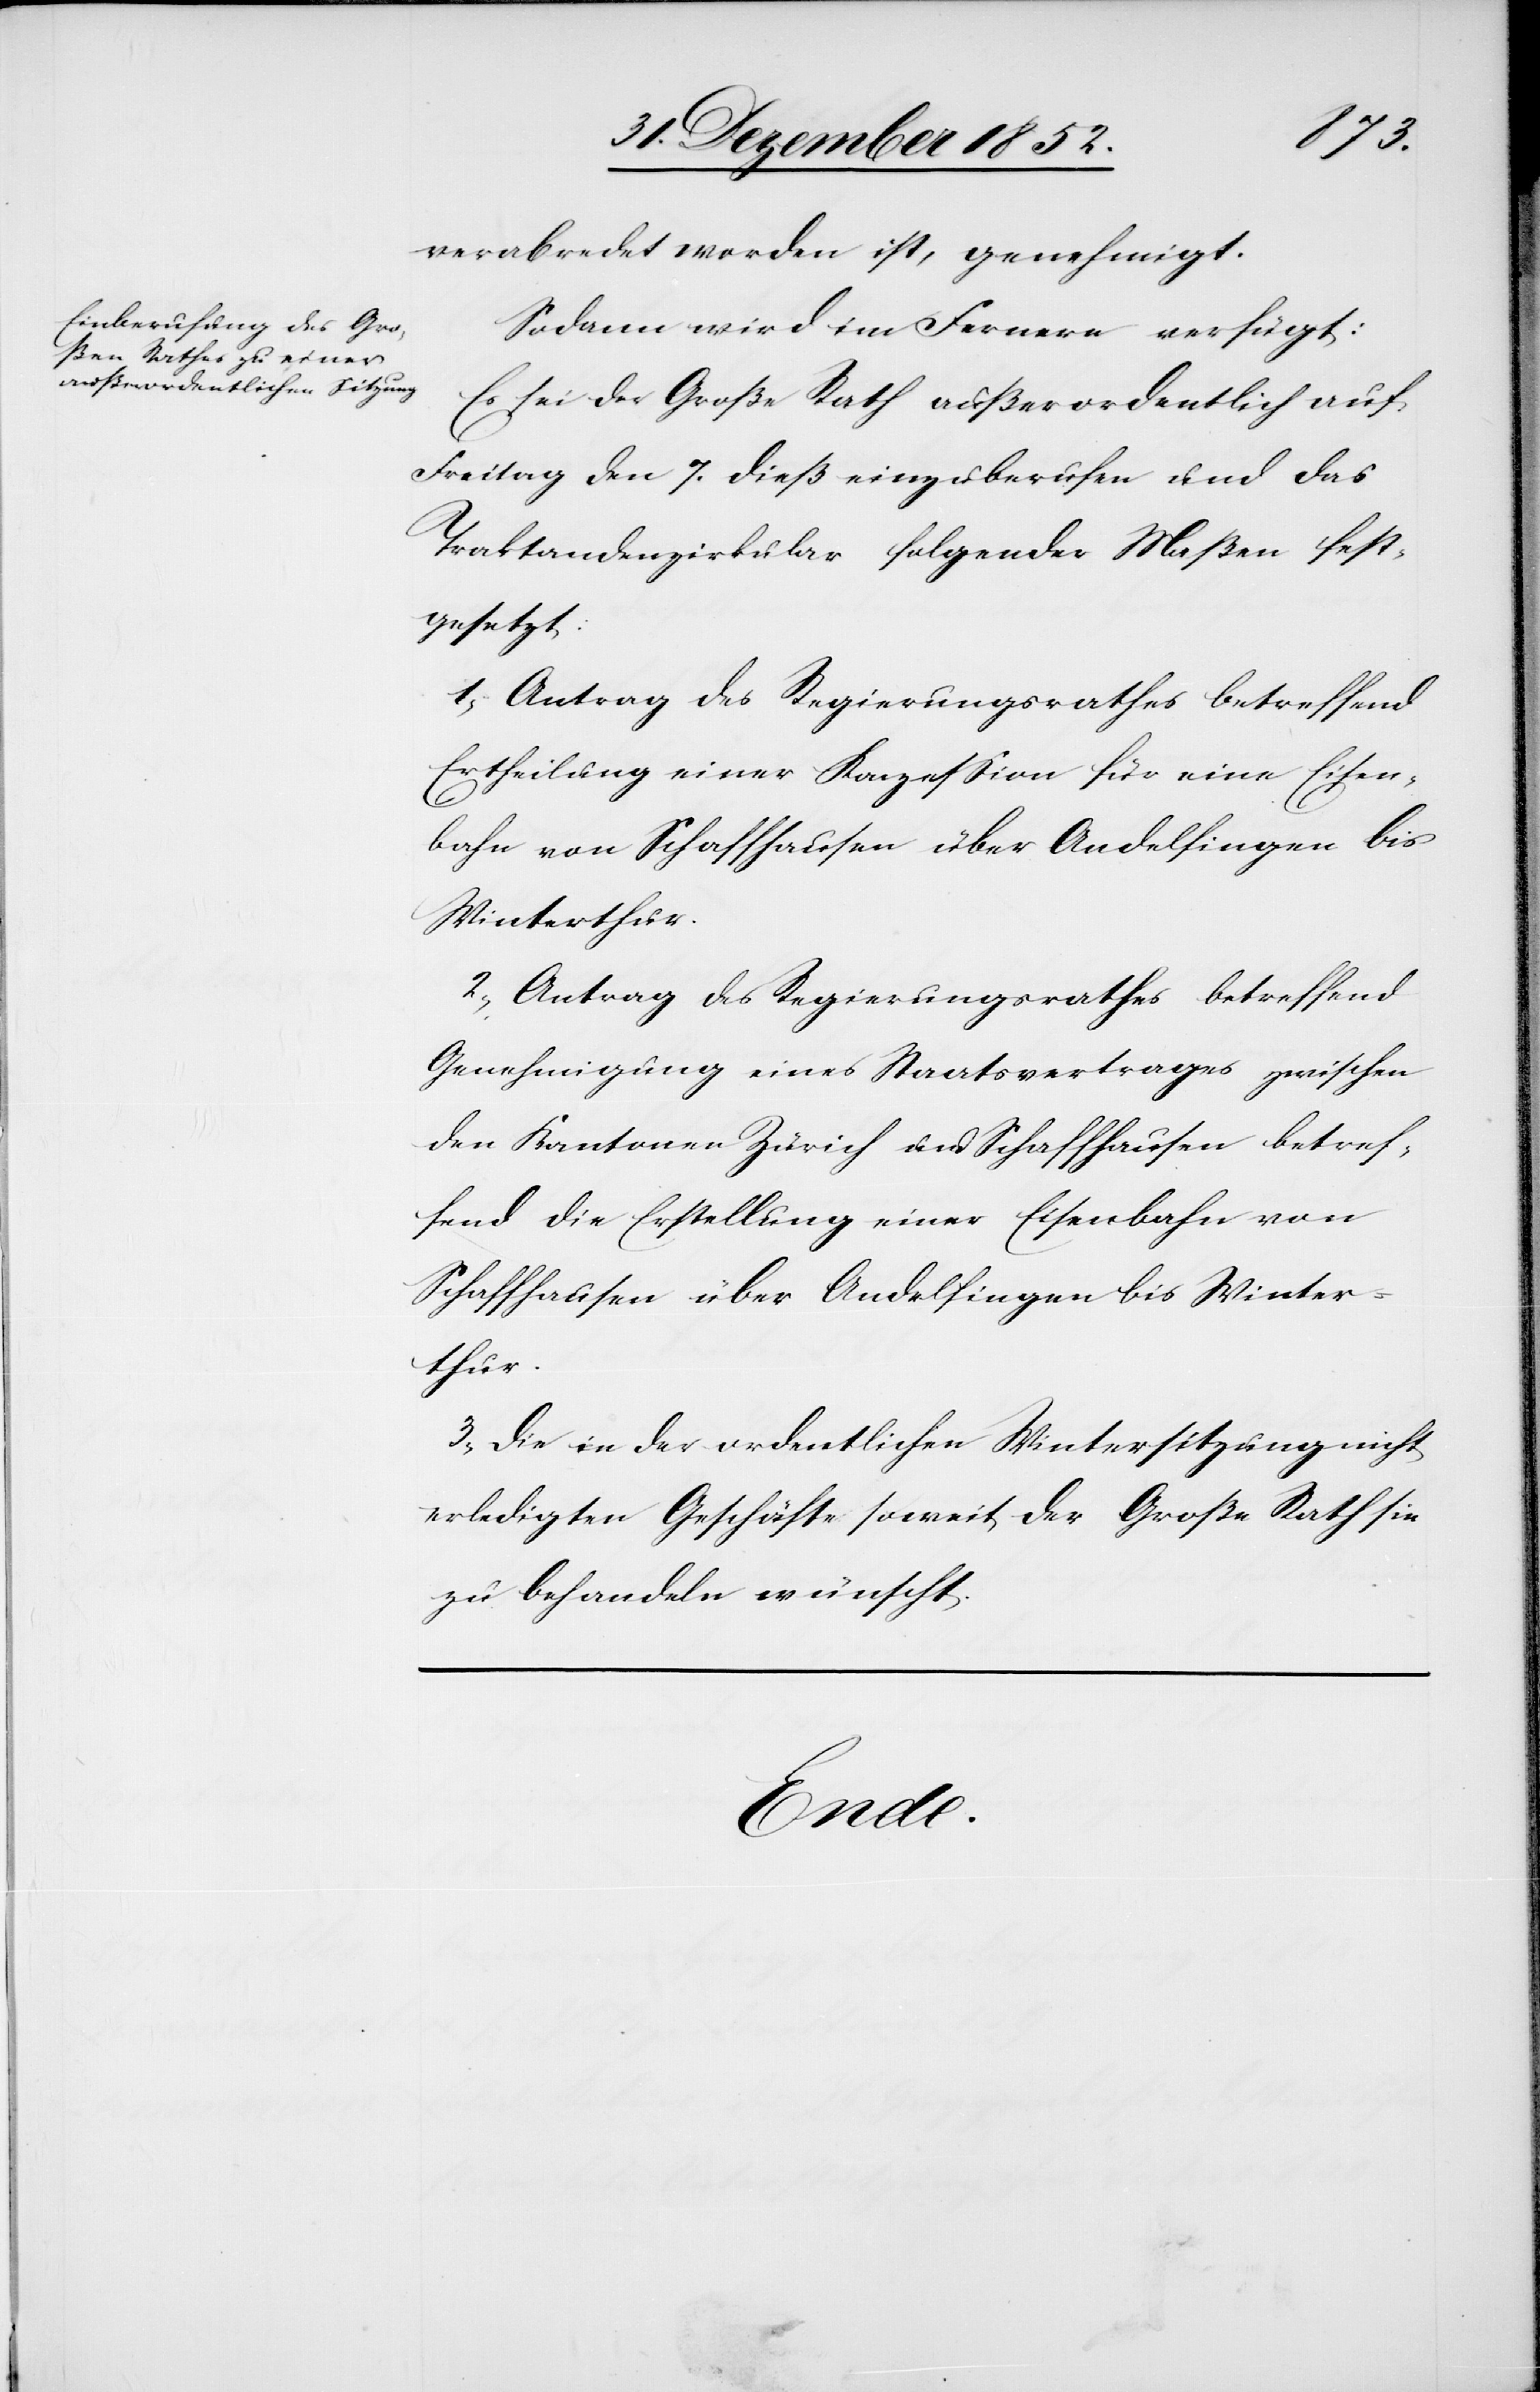
1853.]
verabredet worden ist, genehmigt.
Sodann wird im Fernern verfügt:
Es sei der Große Rath außerordentlich auf
Freitag den 7. dieß einzuberufen und das
Traktandenzirkular folgender Maßen fest¬
gesetzt:
1, Antrag des Regierungsrathes betreffend
Ertheilung einer Konzession für eine Eisen¬
bahn von Schaffhausen über Andelfingen bis
Winterthur.
2, Antrag des Regierungsrathes betreffend
Genehmigung eines Staatsvertrages zwischen
den Kantonen Zürich und Schaffhausen betref¬
fend die Erstellung einer Eisenbahn von
Schaffhausen über Andelfingen bis Winter¬
thur.
3, Die in der ordentlichen Wintersitzung nicht
erledigten Geschäfte soweit der Große Rath sie
zu behandeln wünscht.